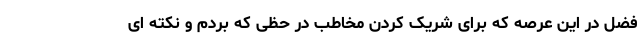
فضل در این عرصه که برای شریک کردن مخاطب در حظّی که بردم و نکته ای